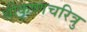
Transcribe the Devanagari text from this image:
श्रीकृष्णचरित्रु